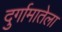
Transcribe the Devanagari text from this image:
दुर्गामातेला